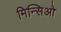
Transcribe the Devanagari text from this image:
मिन्सिओ